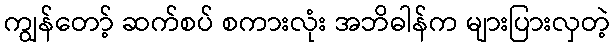
ကျွန်တော့် ဆက်စပ် စကားလုံး အဘိဓါန်က များပြားလှတဲ့